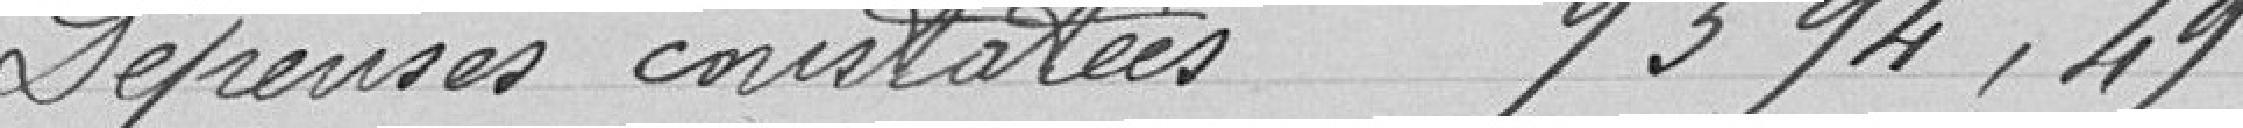
Dépenses constatées 9 394,49